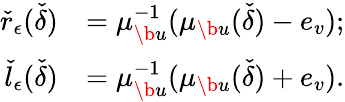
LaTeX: \begin{array}{rl}{{\check{r}}_{{\epsilon}}({\check{\delta}})}&{=\mu_{\b{u}}^{-1}(\mu_{\b{u}}({\check{\delta}})-e_{v});}\\ {{\check{l}}_{{\epsilon}}({\check{\delta}})}&{=\mu_{\b{u}}^{-1}(\mu_{\b{u}}({\check{\delta}})+e_{v}).}\end{array}